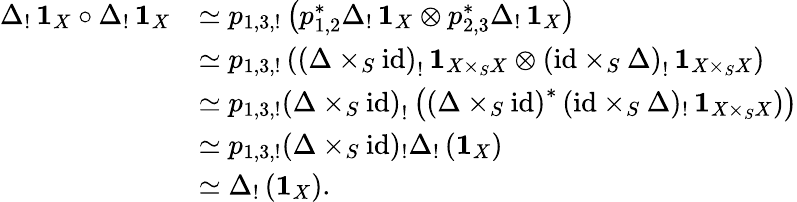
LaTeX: \begin{array}{rl}{\Delta_{!}\, \mathbf{1}_{X}\circ\Delta_{!}\, \mathbf{1}_{X}}&{\simeq p_{1,3,!}\left(p_{1,2}^{*}\Delta_{!}\, \mathbf{1}_{X}\otimes p_{2,3}^{*}\Delta_{!}\, \mathbf{1}_{X}\right)}\\ &{\simeq p_{1,3,!}\left(\left(\Delta\times_{S}\mathrm{id}\right)_{!}\, \mathbf{1}_{X\times_{S}X}\otimes\left(\mathrm{id}\times_{S}\Delta\right)_{!}\, \mathbf{1}_{X\times_{S}X}\right)}\\ &{\simeq p_{1,3,!}\left(\Delta\times_{S}\mathrm{id}\right)_{!}\left(\left(\Delta\times_{S}\mathrm{id}\right)^{*}\left(\mathrm{id}\times_{S}\Delta)_{!}\, \mathbf{1}_{X\times_{S}X}\right)\right)}\\ &{\simeq p_{1,3,!}(\Delta\times_{S}\mathrm{id})_{!}\Delta_{!}\left(\mathbf{1}_{X}\right)}\\ &{\simeq\Delta_{!}\left(\mathbf{1}_{X}\right).}\end{array}